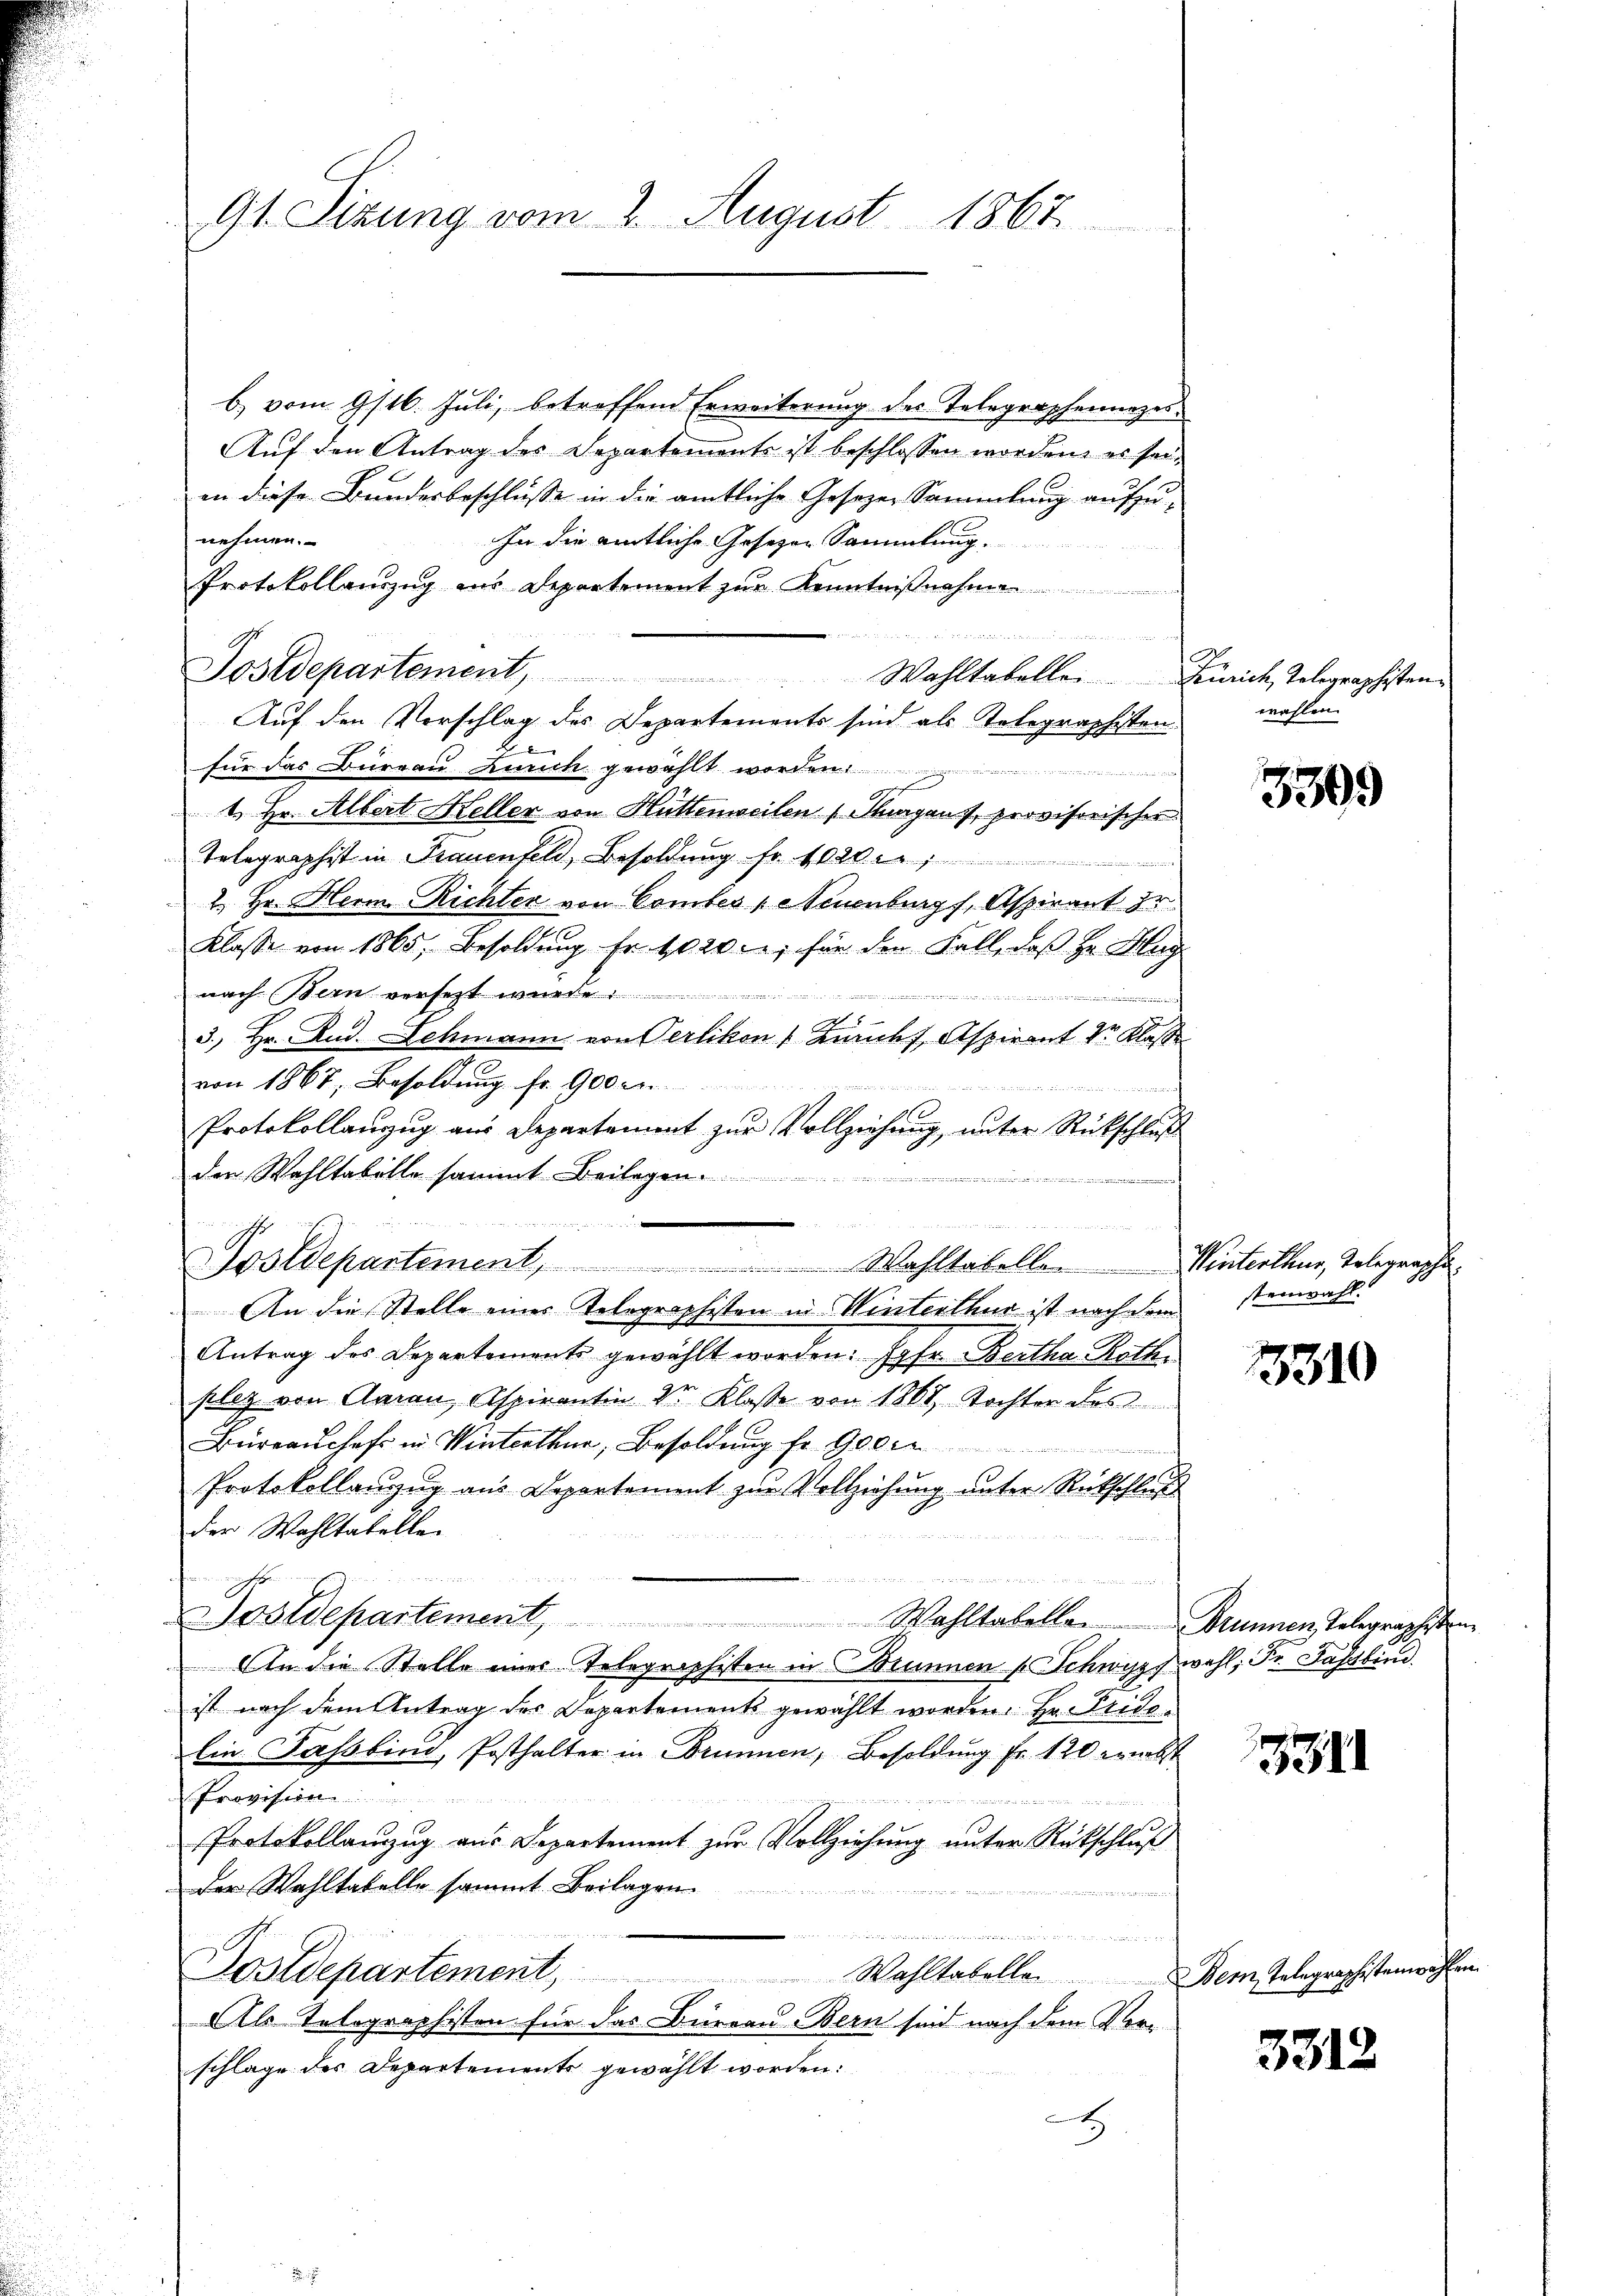
91. Sizung vom 2. August 1867

b) vom 9/16. Juli, betreffend Erweiterung des Telegraphenanzes
Auf den Antrag des Departement ist beschlossen worden, es seiin diese Bundesbeschlüsse in die amtliche Gesetzen Sammlung aufzunehmen.
In die amtliche Gesezen Sammlung.
Protokollauszug aus Departement zur Kenntnißnahme
ne in seine an den
Sostdepartement, Wahltabelle Zürich, Tolegraphisten¬
Auf den Vorschlag des Departements sind als Telegraphisten
für das Büreau Zürich gewählt worden.
ärme
r
1. Hr. Albert Heller von Hüttenweilen (Margaus, provisorischer
Telegraphist in Frauenfeld, Besoldung fr. 1020
2. Hr. Herm-Richter von Comber , Neuenburg, Aspirant zu
Klasse von 1865, Besoldung Fr. 1020., für den Fall, daß Hr. Hag
nach Bern versetzt wurde.
n
A 1
3.) Hr. Rud. Schmann von Perlikon, Kauf Aspirant Sr. Klasse
von 1867, Besoldung fr. 900
Protokollaŭzŭg aŭs Departament zŭr Vollziehŭng ŭnter Rückschlŭβ
den Wahltabelle sammt Beilagen.
 einen a
An die Stelle eines Telegraphisten in Winterthur ist nach dem
Antrag des Departement gewählt worden: Jgfr. Bertha Rothe
plez von Aman, Aspirantin V Klasse von 1868, Tochter des
Büreausschaft in Winterthur, Besoldung fr. Gegen
Protokollanzug aus Departement zŭr Vollziehung unter Rückschluß
der Wahltatellen
un
u

Tostdepartement, Wahltabelle Brunnen Telegraphisten
An die Stelle eines Telegraphisten in immen Schwyzpwahl, Fr. Fassbind
ist nach dem Antrag der Departements gewählt worden. Hr. Fride¬
Ein Fassbind, Posthalter in Brunnen, Besoldung Fr. 120 er nebst
Provision

Protokollanzug aus Departement zur Vollziehung unter Rückschluß
der Wahltabelle sammt Beilagen.

nierten ist er eines verter verwiedenen werden der wegen den gegen der e g so
Postdepartement, Wahltabelle. Dem Telegraphistenwohler
Als Tolographisten für das Büreau Bern seid nach dem Vorschlage des Departements gewählt worden:
H.

d       die Mit der in den
Postdepartement, Wahltabelle. Winterthur, Telegraphi

wahlen.

3309

tenwahl.

1331

331

3312